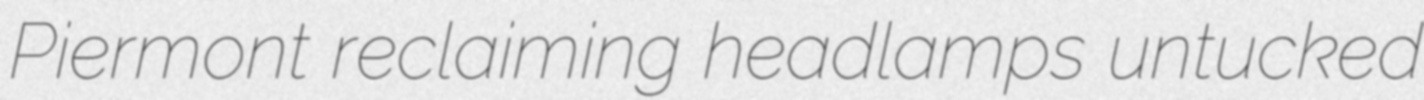
Piermont reclaiming headlamps untucked